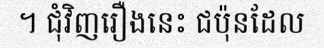
។ ជុំវិញរឿងនេះ ជប៉ុនដែល